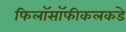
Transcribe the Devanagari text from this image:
फिलॉसॉफीकलकडे